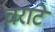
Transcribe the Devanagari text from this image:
चराटे